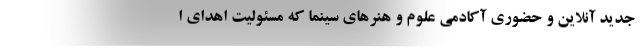
جدید آنلاین و حضوری آکادمی علوم و هنرهای سینما که مسئولیت اهدای ا